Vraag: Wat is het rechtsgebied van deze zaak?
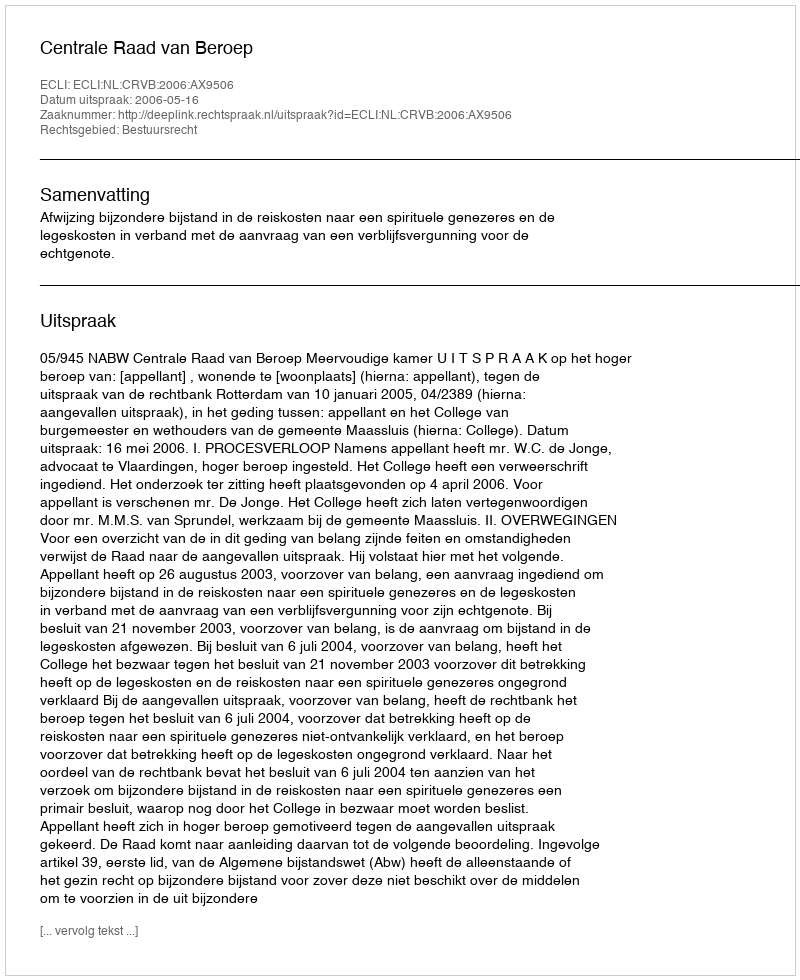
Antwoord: Bestuursrecht